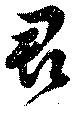
君